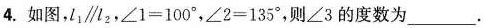
4.如图，$$L 1 \parallel L2$$ . $$∠ 1 = 1 0 0 °$$，$$∠ 2 = 1 3 5 °$$，则∠3的度数为_____.